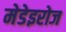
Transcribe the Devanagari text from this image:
मेडेइरोज